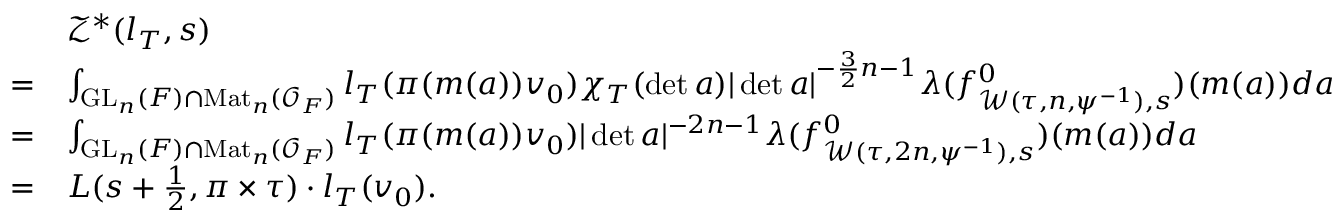
\begin{array} { r l } & { \mathcal { Z } ^ { \ast } ( l _ { T } , s ) } \\ { = } & { \int _ { \mathrm { G L } _ { n } ( F ) \cap \mathrm { M a t } _ { n } ( \mathcal { O } _ { F } ) } l _ { T } ( \pi ( m ( a ) ) v _ { 0 } ) \chi _ { T } ( \operatorname* { d e t } a ) | \operatorname* { d e t } a | ^ { - \frac { 3 } { 2 } n - 1 } \lambda ( f _ { \mathcal { W } ( \tau , n , \psi ^ { - 1 } ) , s } ^ { 0 } ) ( m ( a ) ) d a } \\ { = } & { \int _ { \mathrm { G L } _ { n } ( F ) \cap \mathrm { M a t } _ { n } ( \mathcal { O } _ { F } ) } l _ { T } ( \pi ( m ( a ) ) v _ { 0 } ) | \operatorname* { d e t } a | ^ { - 2 n - 1 } \lambda ( f _ { \mathcal { W } ( \tau , 2 n , \psi ^ { - 1 } ) , s } ^ { 0 } ) ( m ( a ) ) d a } \\ { = } & { L ( s + \frac { 1 } { 2 } , \pi \times \tau ) \cdot l _ { T } ( v _ { 0 } ) . } \end{array}